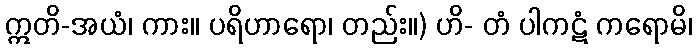
ဣတိ-အယံ၊ ကား။ ပရိဟာရော၊ တည်း။) ဟိ- တံ ပါကဋံ ကရောမိ၊